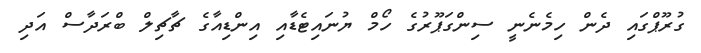
ގުރޫޕްގައި ދެން ހިމެނެނީ ސިންގަޕޫރުގެ ހޯމް ޔުނައިޓެޑާއި އިންޑިއާގެ ޗާޗިލް ބްރަދާސް އަދި